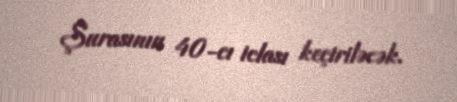
Şurasının 40-cı iclası keçiriləcək.